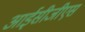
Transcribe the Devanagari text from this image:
आईसीजीएस